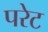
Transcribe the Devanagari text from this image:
परेट